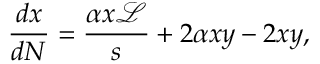
\frac { d x } { d N } = \frac { \alpha x \mathcal { L } } { s } + 2 \alpha x y - 2 x y ,